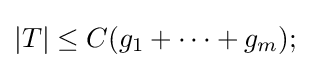
|T|\leq C(g_{1}+\cdots +g_{m});